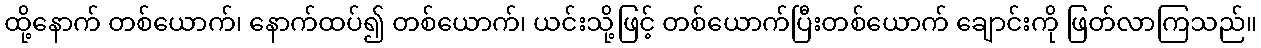
ထို့နောက် တစ်ယောက်၊ နောက်ထပ်၍ တစ်ယောက်၊ ယင်းသို့ဖြင့် တစ်ယောက်ပြီးတစ်ယောက် ချောင်းကို ဖြတ်လာကြသည်။